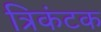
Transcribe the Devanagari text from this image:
त्रिकंटक